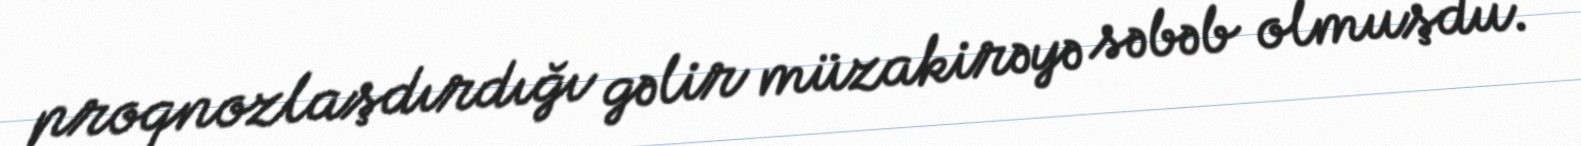
proqnozlaşdırdığı gəlir müzakirəyə səbəb olmuşdu.